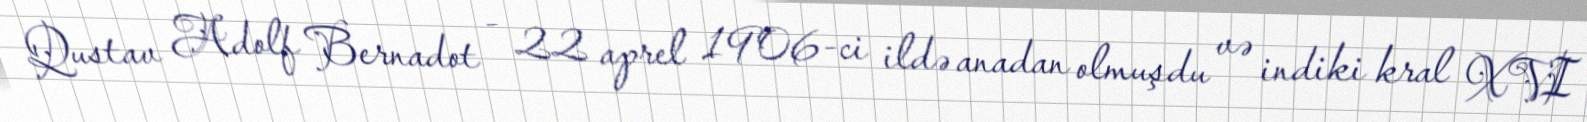
Qustav Adolf Bernadot - 22 aprel 1906-ci ildə anadan olmuşdu və indiki kral XVI